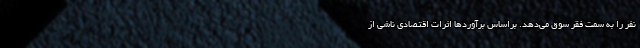
نفر را به سمت فقر سوق می‌دهد. براساس برآوردها اثرات اقتصادی ناشی از